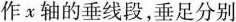
作x轴的垂线段，垂足分别